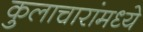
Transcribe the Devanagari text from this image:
कुलाचारांमध्ये